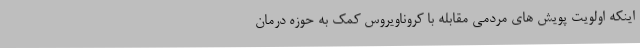
اینکه اولویت پویش های مردمی مقابله با کروناویروس کمک به حوزه درمان